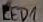
Text: LED1